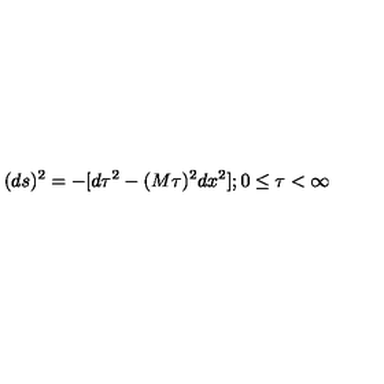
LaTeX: ( d s ) ^ { 2 } = - [ d \tau ^ { 2 } - ( M \tau ) ^ { 2 } d x ^ { 2 } ] ; 0 \le \tau < \infty